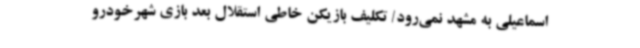
اسماعیلی به مشهد نمی‌رود/ تکلیف بازیکن خاطی استقلال بعد بازی شهرخودرو